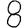
Digit: 8